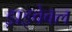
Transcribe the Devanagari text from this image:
ड्राइवेबल